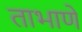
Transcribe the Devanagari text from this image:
ताभाणे